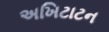
અખિટાટન